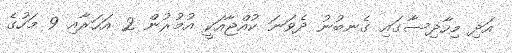
އަދި މިހާދިސާގައި ގެނބުނު ދެވަނަ ކުއްޖާއަކީ އުމުރުން 2 އަހަރާއި 9 މަހުގެ